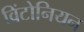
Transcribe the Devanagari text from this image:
विंटोनियन